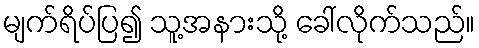
မျက်ရိပ်ပြ၍ သူ့အနားသို့ ခေါ်လိုက်သည်။